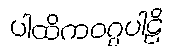
ပါထိကဝဂ္ဂပါဠိ